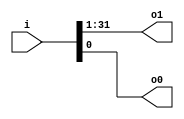
module vecd30a_v9a2a06 (
    input [31:0] i,   
    output [30:0] o1, 
    output o0         
);
    assign o1 = i[31:1];
    assign o0 = i[0];
endmodule